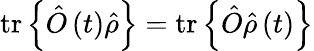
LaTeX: \mathrm{tr}\left\{ \hat{O}\left(t\right)\hat{\rho}\right\} =\mathrm{tr}\left\{ \hat{O}\hat{\rho}\left(t\right)\right\}